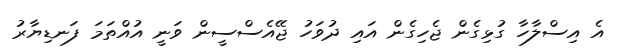
އެ އިސްލާހާ ގުޅިގެން ޖެހިގެން އައި ދުވަހު ޖޭއެސްސީން ވަނީ އުއްތަމަ ފަނޑިޔާރު